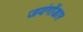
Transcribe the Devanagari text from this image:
जयंगोंडार